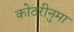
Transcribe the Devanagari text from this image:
कोठरीनुमा